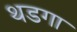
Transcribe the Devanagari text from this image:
थडगा